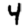
Digit: 4